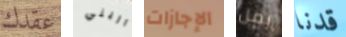
عقدك اريني الإجازات رمل قدنا